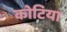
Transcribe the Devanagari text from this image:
कोटिया